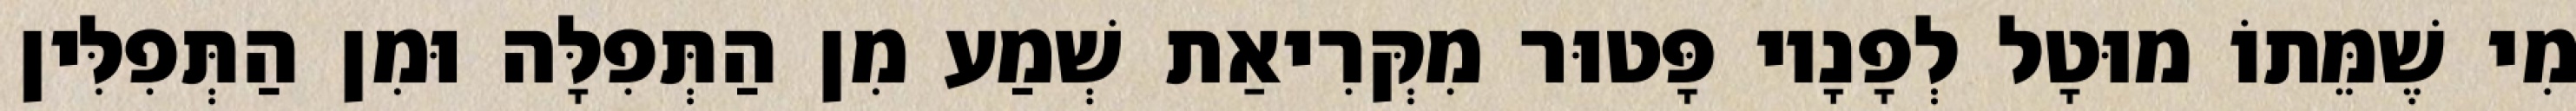
מִי שֶׁמֵּתוֹ מוּטָל לְפָנָיו פָּטוּר מִקְּרִיאַת שְׁמַע מִן הַתְּפִלָּה וּמִן הַתְּפִלִּין